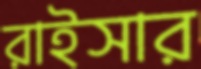
রাইসার